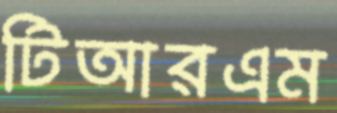
টিআরএম